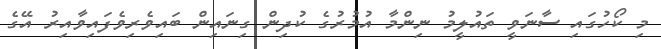
މި ކޯހުގައި ސާނަވީ ތައުލީމު ނިންމާ އުމުރުގެ ކުދިން ގިނައިން ބައިވެރިވެފައިވާއިރު އޭގެ